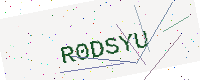
Text: R0DSYU